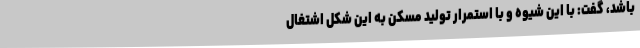
باشد، گفت: با این شیوه و با استمرار تولید مسکن به این شکل اشتغال